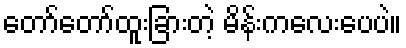
တော်တော်ထူးခြားတဲ့ မိန်းကလေးပေပဲ။